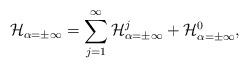
LaTeX: \begin{align*}{\cal H}_{\alpha=\pm \infty } =\sum^{\infty}_{j=1} {\cal H}^j_{\alpha=\pm \infty}+ {\cal H}^0_{\alpha=\pm \infty},\end{align*}